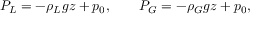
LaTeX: P _ { L } = - \rho _ { L } g z + p _ { 0 } , \qquad P _ { G } = - \rho _ { G } g z + p _ { 0 } ,